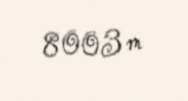
8003 m